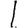
Digit: 1